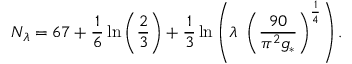
N _ { \lambda } = 6 7 + \frac { 1 } { 6 } \ln \left( \frac { 2 } { 3 } \right) + \frac { 1 } { 3 } \ln \left( \lambda ~ \left( \frac { 9 0 } { \pi ^ { 2 } g _ { * } } \right) ^ { \frac { 1 } { 4 } } \right) .